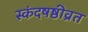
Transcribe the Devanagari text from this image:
स्कंदषष्ठीव्रत